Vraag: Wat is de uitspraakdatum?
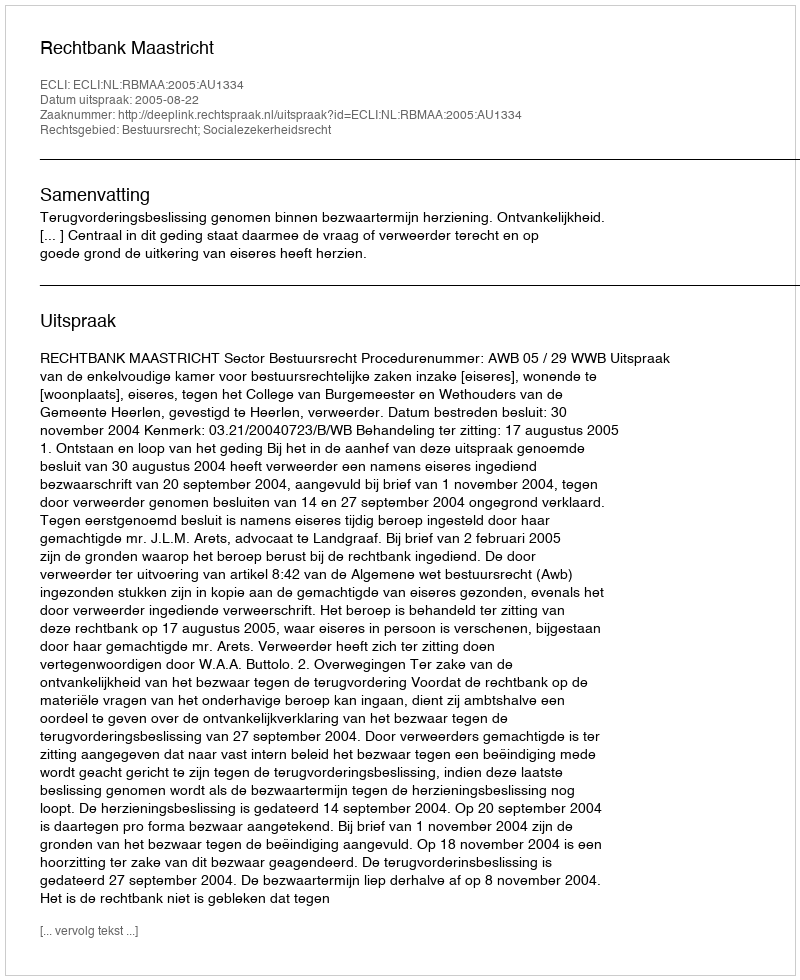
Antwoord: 2005-08-22